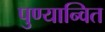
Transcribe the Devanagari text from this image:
पुण्यान्वित